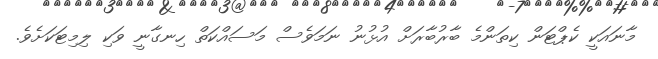
މާނައަކީ ކެޕްޓަން ކިތަންމެ ބާރުބާރަށް އުޅުނު ނަމަވެސް މަސައްކަތް ހިނގާނީ ވަކި ލިމިޓަކަށެވެ.